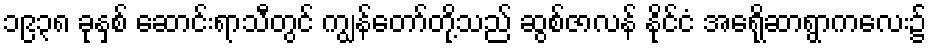
၁၉၃၈ ခုနှစ် ဆောင်းရာသီတွင် ကျွန်တော်တို့သည် ဆွစ်ဇာလန် နိုင်ငံ အေရိုဆာရွာကလေး၌